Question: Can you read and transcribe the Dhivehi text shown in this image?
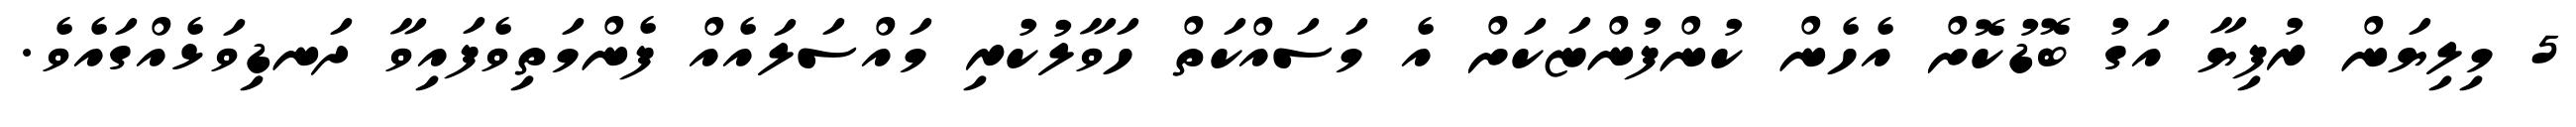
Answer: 5 މިލިޔަން ރުފިޔާ އަގު ބޮޑުކޮށް އެހެން ކުންފުންޏަކަށް އެ މަސައްކަތް ހަވާލުކުރި މައްސަލައެއް ފެންމަތިވެފައިވާ ދަނޑިވަޅެއްގައެވެ.